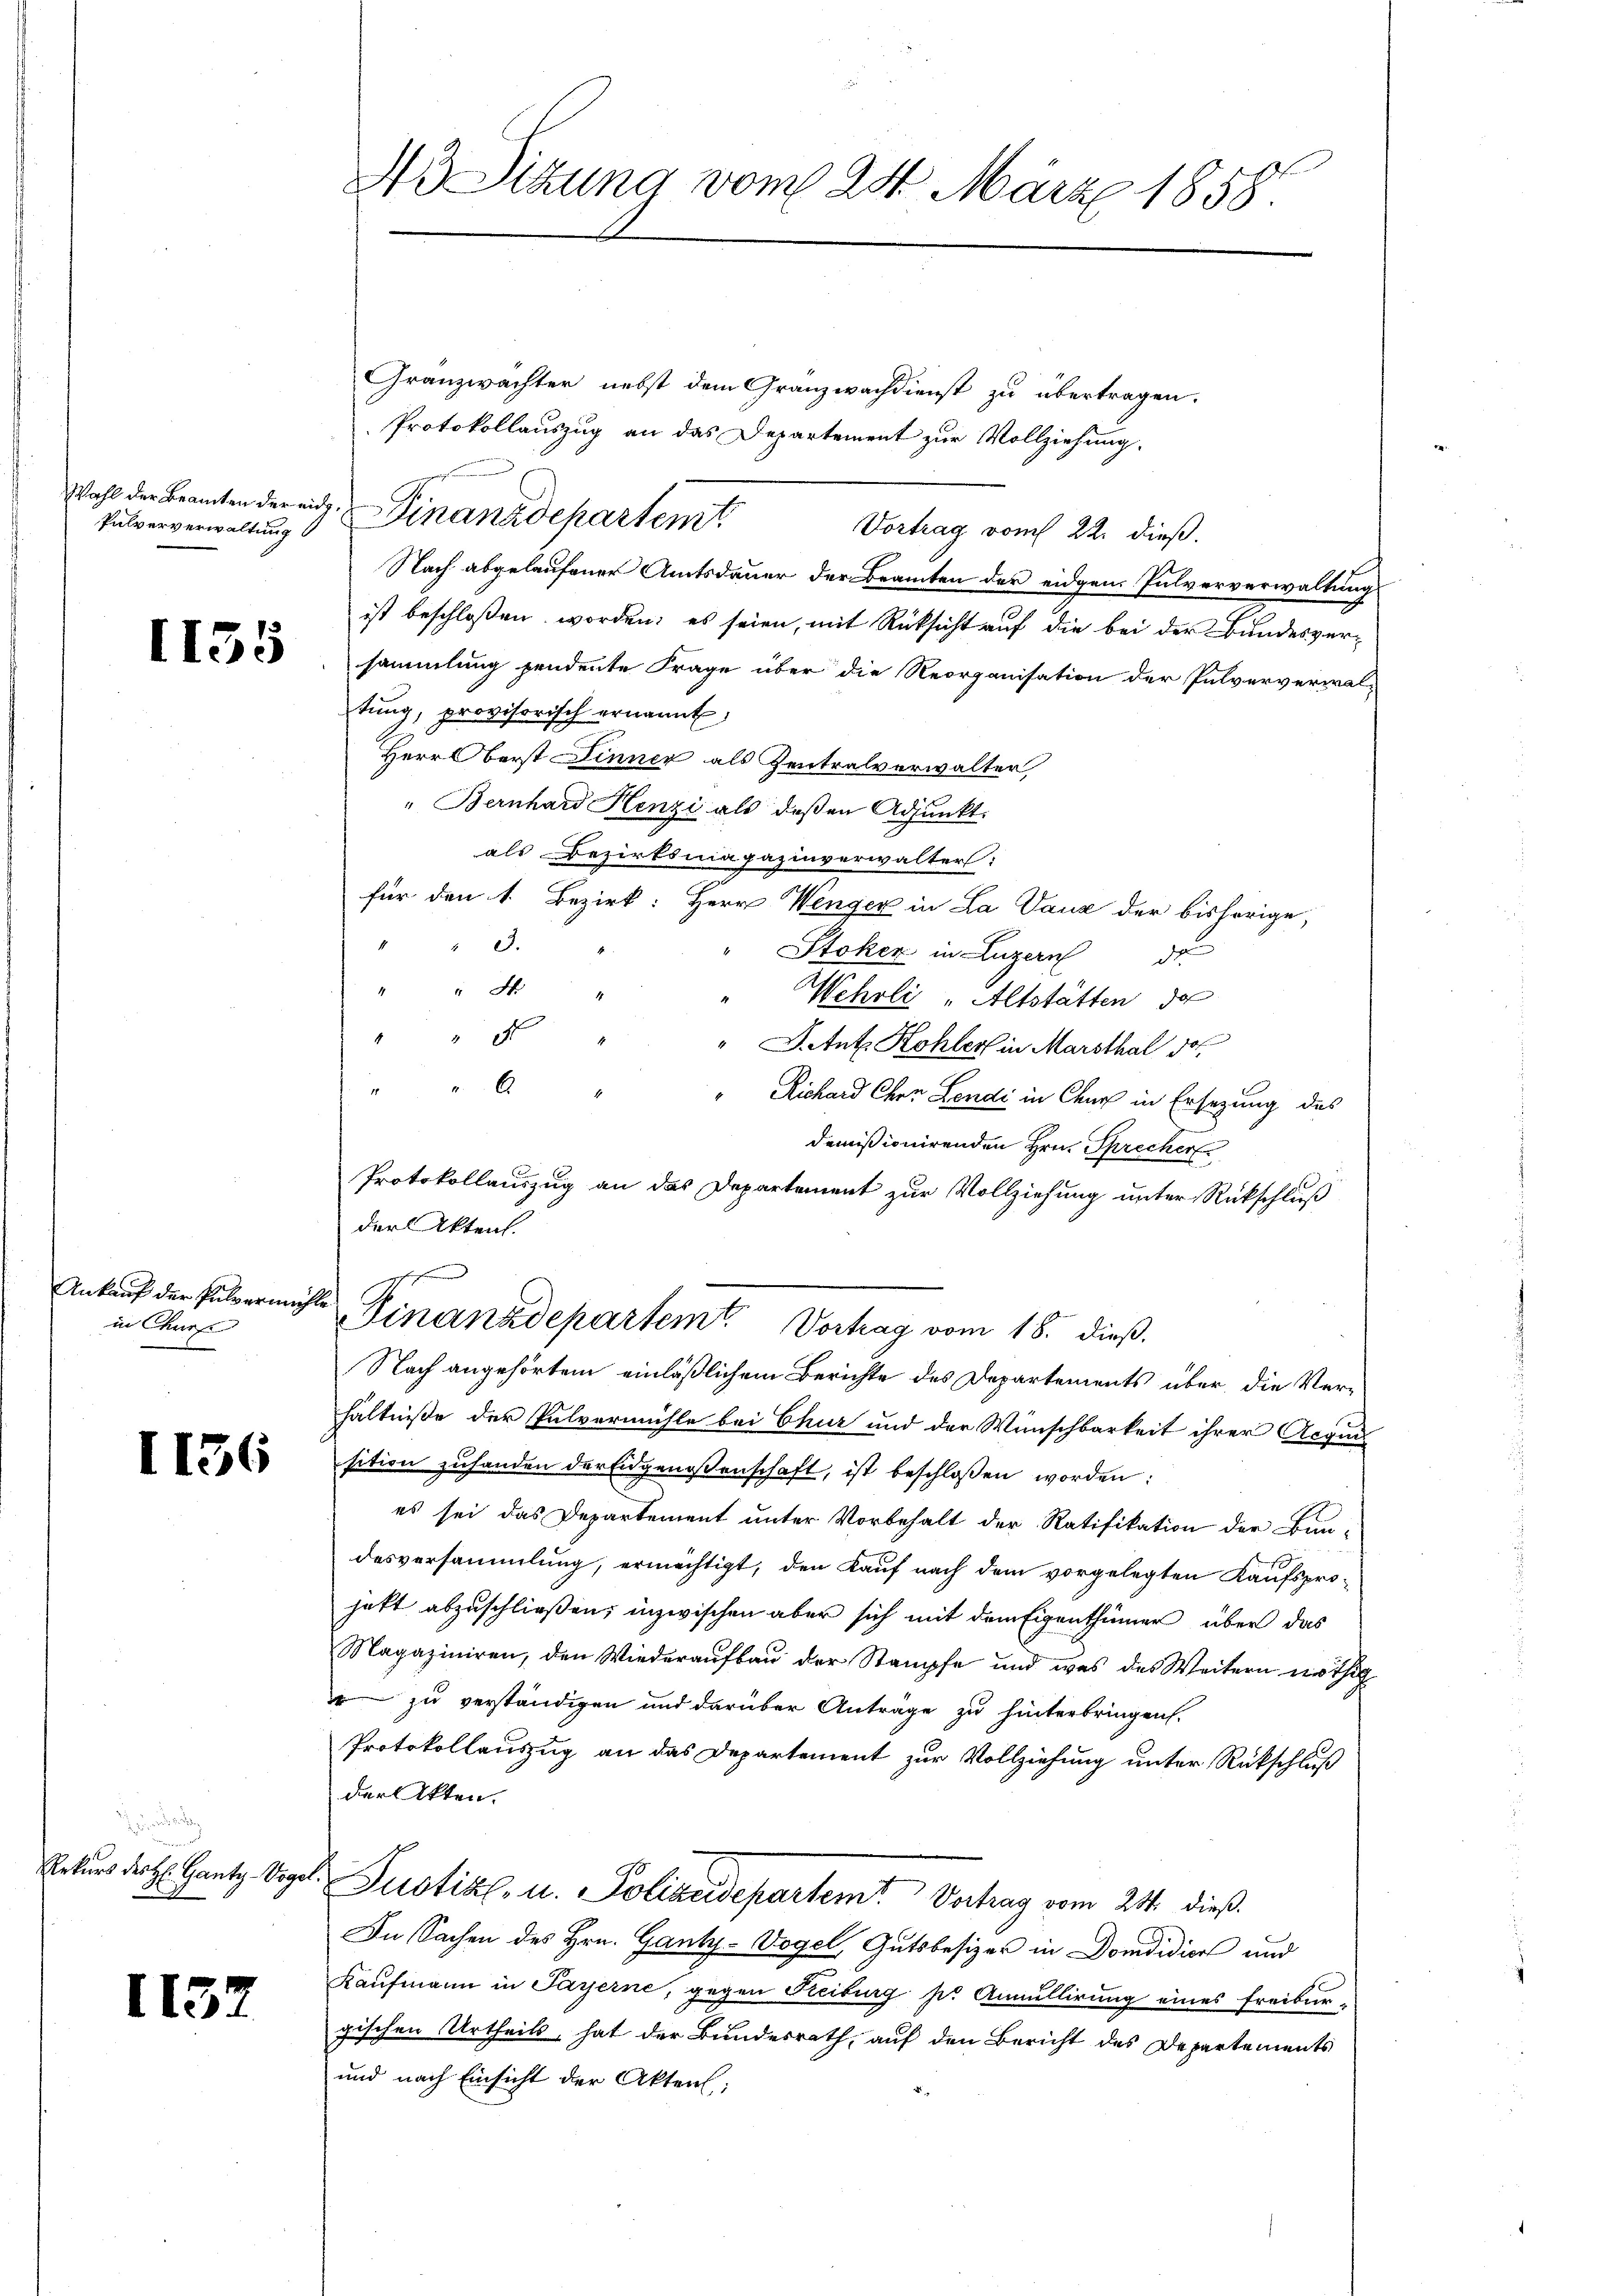
Pulververwaltung

1135

Ankauf der Pulvermeiste
in Chur

1136

.

1137

No Sitzung vom 24. März 1858.

Granzwachter nebst dem Granzwachdienst zu übertragen.
Protokollauszug an das Departement zur Vollziehung.
Wahl der Beamten der ein Finanzdepartemt
Vortrag vom 22. dieß.
Nach abgelaufener Amtsdauer der Beamten der eidgen. Pulververwaltung
ist beschloßen worden; es seien, mit Rücksicht auf die bei der Bundesversammlung pendente Frage über die Reorganisation der Pulververwal-
tŭng, provisorisch ernannt,
Herr Oberst Dinner als Zentralverwalter
" Bernhard Henzi als deßen Adjunkt.
als Bezirksmagazinverwalter:
für den 1. Bezirk: Herr Wenger in La Vauz der bisherige,
" 3.
Stoker in Luzern
4 " M
Wehrli "Altstätten de
"
"Dtut. Kohler in Marsthal 10
"
Richard Chen Lendi in Chur in Ersezung des
demissionirenden Hrn. Sprecher
Protokollauszug an das Departement zur Vollziehung unter Rückschluß
der Akten.
.
Finanzdepartem Vortrag vom 18. dieß.
Nach angehörten einläßlichem Berichte des Departements über die Verhältniße der Pulvermühle bei Chur und der Wünschbarkeit ihrer Acqui
sition zuhanden der Eidgenossenschaft, ist beschlossen worden:
es sei das Departement unter Vorbehalt der Ratifikation der Bau-
desversammlung, ermächtigt, den Kauf nach dem vorgelegten Kaufsprohatt abzuschließen, inzwischen aber sich mit dem Eigenthümer über das
Magaziniren, den Wiederaufbau der Stampfe und was des Weitern nöthig
 zu verständigen und darüber Anträge zu hinterbringen.
Protokollauszug an das Departement zur Vollziehung unter Rückschluß
der Akten.
Rekurs der H. Gantz Vogel. Justiz- u. Polizeidepartem Vertrag vom 24. dieß
In Sachen des Hrn. Gant-Vogel, Gutsbesizer in Domdidiens und
Kaufmann in Payerne, gegen Freiburg pr Annullirung eines Freibur-
gischen Urtheils, hat der Bundesrath, auf den Bericht des Departements
und nach Einsicht der Aktens: